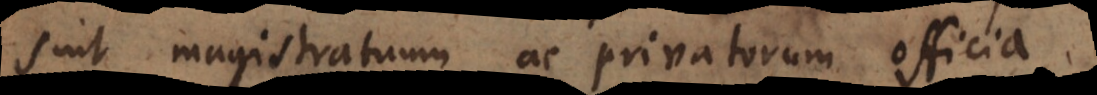
sint magistratuum ac privatorum officia